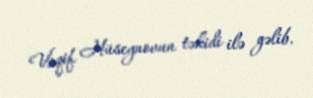
Vaqif Hüseynovun təkidi ilə gəlib.